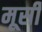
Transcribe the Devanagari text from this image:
मूर्सी